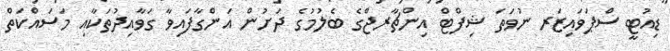
ޑިއުޓީ ސްޕަވައިޒަރ ނުވަތަ ޝިފްޓް އިންޗާރޖްގެ ބެލުމުގެ ދަށުން އަންގާފައިވާ ގަވާއިދުތަކާއި މަސައްކަތް